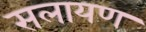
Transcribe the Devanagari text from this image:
सलायण